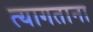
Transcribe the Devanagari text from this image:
त्यागताना